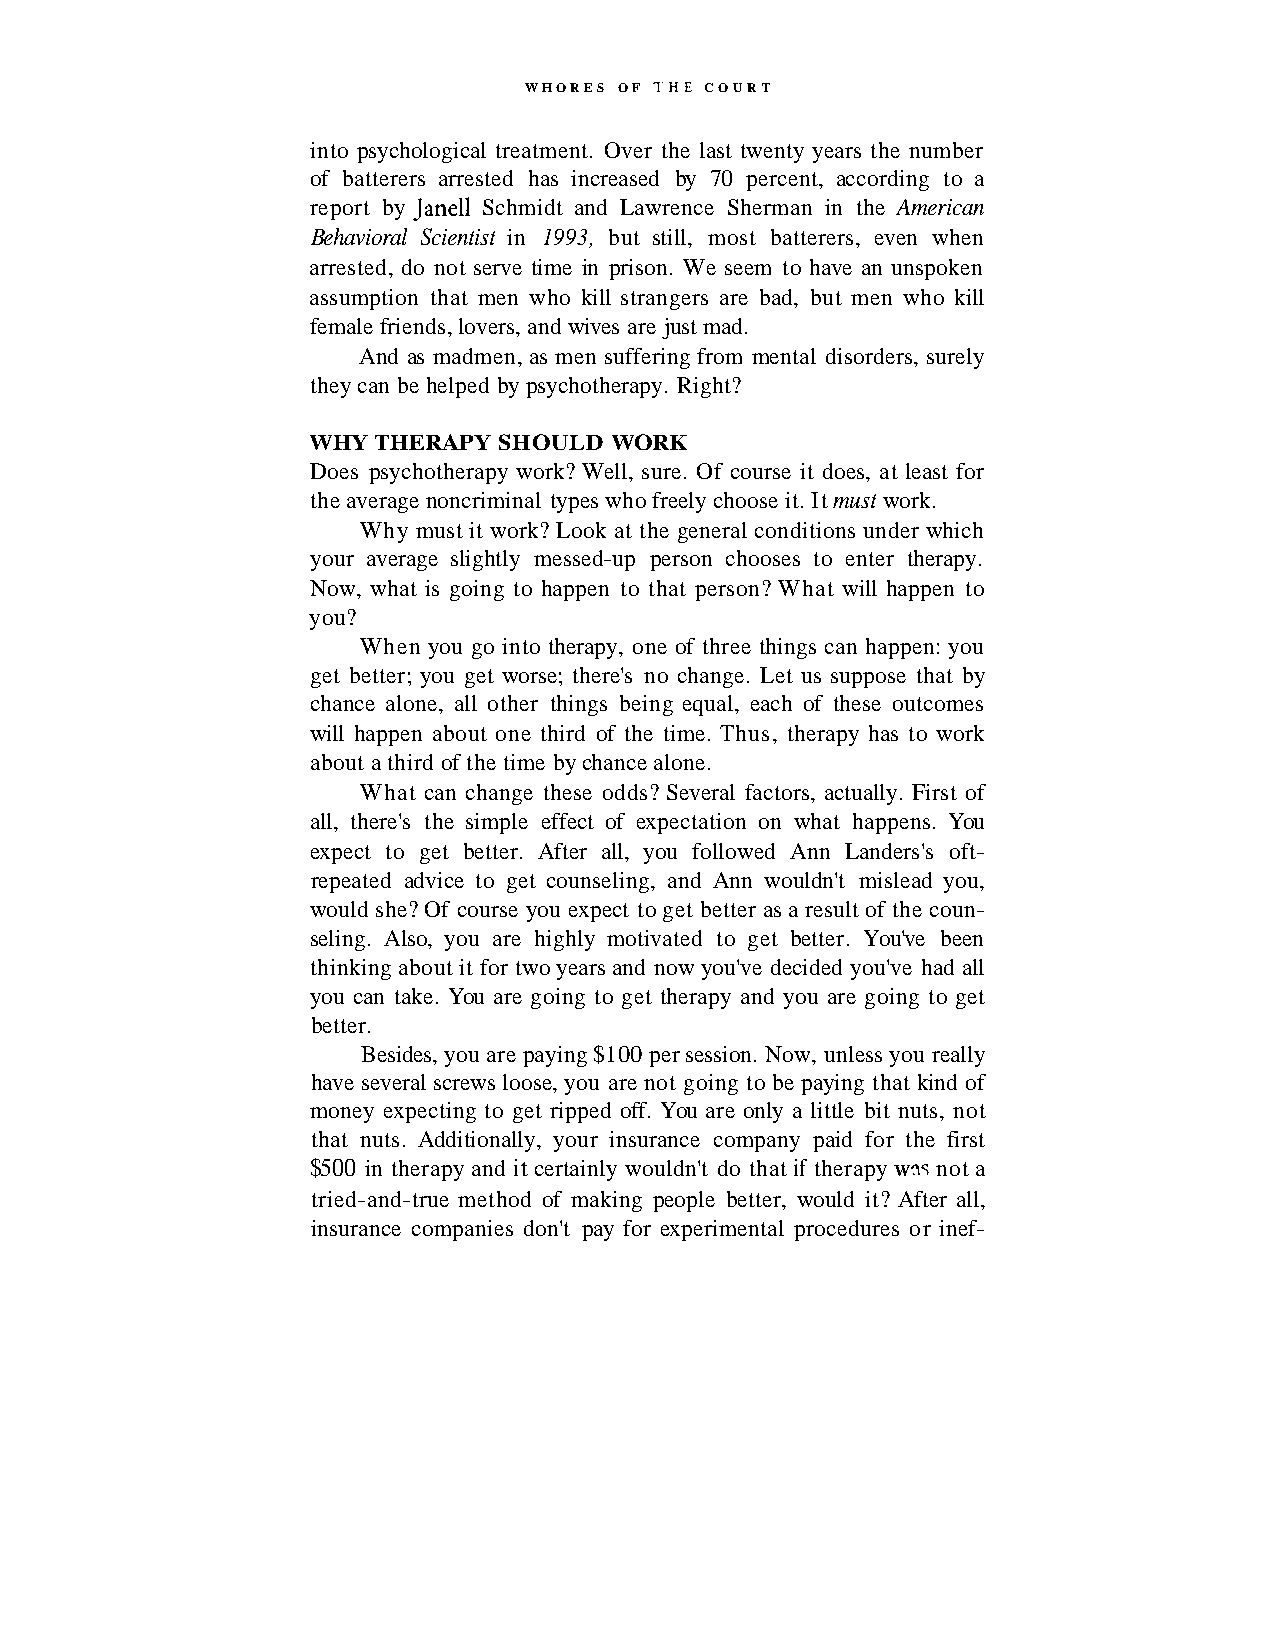
WHORES OF 1'HE COURT
 into psychological treatment. Over the last twenty years the number
 of batterers arrested has increased by 70 percent, according to a
 report by Jane11 Schmidt and Lawrence Sherman in the American
 Behavioral Scientist in 1993, but still, most batterers, even when
 arrested, do not serve time in prison. We seem to have an unspoken
 assumption that men who kill strangers are bad, but men who kill
 female friends, lovers, and wives are just mad.
 And as madmen, as men suffering from mental disorders, surely
 they can be helped by psychotherapy. Right?
 WHY THERAPY  SHOULD WORK
 Does psychotherapy work? Well, sure. Of course it does, at least for
 the average noncriminal types who freely choose it. It must work.
 Why must it work? Look at the general conditions under which
 your average slightly messed-up person chooses to enter therapy.
 Now, what is going to happen to that person? What will happen to
 you?
 When you go into therapy, one of three things can happen: you
 get better; you get worse; there's no change. Let us suppose that by
 chance alone, all other things being equal, each of these outcomes
 will happen about one third of the time. Thus, therapy has to work
 about a third of the time by chance alone.
 What can change these odds? Several factors, actually. First of
 all, there's the simple effect of expectation on what happens. You
 expect to get better. After all, you followed Ann Landers's oft-
 repeated advice to get counseling, and Ann wouldn't mislead you,
 would she? Of course you expect to get better as a result of the coun-
 seling. Also, you are highly motivated to get better. You've been
 thinking about it for two years and now you've decided you've had all
 you can take. You are going to get therapy and you are going to get
 better.
 Besides, you are paying $100 per session. Now, unless you really
 have several screws loose, you are not going to be paying that kind of
 money expecting to get ripped off. You are only a little bit nuts, not
 that nuts. Additionally, your insurance company paid for the first
 $500 in therapy and it certainly wouldn't do that if therapy wfis not a
 tried-and-true method of making people better, would it? After all,
 insurance companies don't pay for experimental procedures or inef-